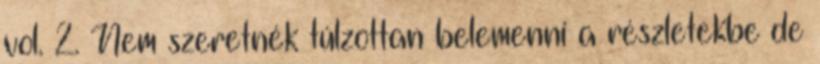
vol. 2. Nem szeretnék túlzottan belemenni a részletekbe de